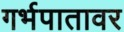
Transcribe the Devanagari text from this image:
गर्भपातावर